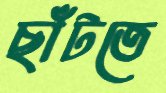
ছাঁটতে